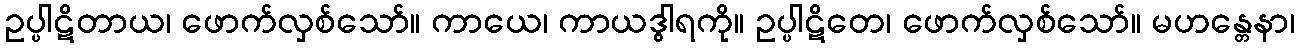
ဥပ္ပါဋိတာယ၊ ဖောက်လှစ်သော်။ ကာယေ၊ ကာယဒွါရကို။ ဥပ္ပါဋိတေ၊ ဖောက်လှစ်သော်။ မဟန္တေနာ၊